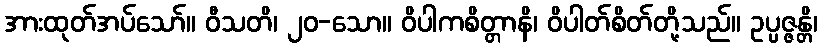
အားထုတ်အပ်သော်။ ဝီသတိ၊ ၂၀-သော။ ဝိပါကစိတ္တာနိ၊ ဝိပါတ်စိတ်တို့သည်။ ဥပ္ပဇ္ဇန္တိ၊